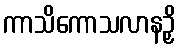
ကာသိကောသလာနဉှိ